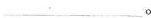
.